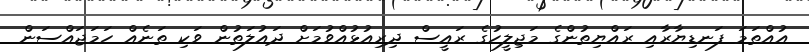
އުއްތަމަ ފަނޑިޔާރާއި ރައްޔިތުންގެ މަޖިލީހުގެ ރައީސް ދިރިއުޅުއްވުމަށް ދައުލަތުން ވަކި ތަނެއް ހަމަޖައްސަން